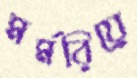
মর্মরিয়ে